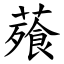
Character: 薞